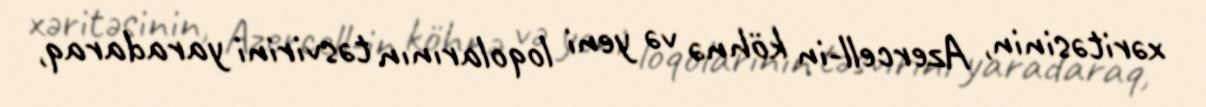
xəritəsinin, Azercell-in köhnə və yeni loqolarının təsvirini yaradaraq,